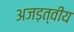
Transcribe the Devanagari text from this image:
अजड़त्वीय